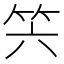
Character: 𥫰